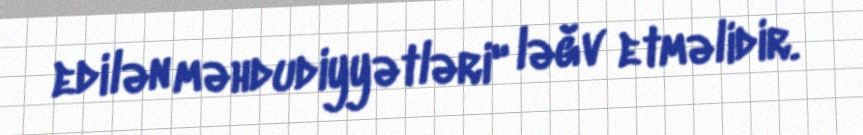
edilən məhdudiyyətləri" ləğv etməlidir.